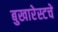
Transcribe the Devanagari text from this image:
बुखारेस्टचे